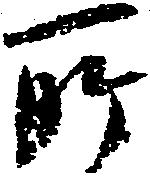
所